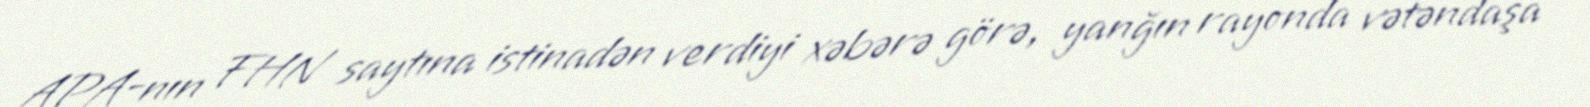
APA-nın FHN saytına istinadən verdiyi xəbərə görə, yanğın rayonda vətəndaşa